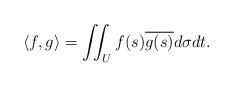
LaTeX: \begin{align*}\langle f,g\rangle = \iint_U f(s)\overline{g(s)}d\sigma dt.\end{align*}